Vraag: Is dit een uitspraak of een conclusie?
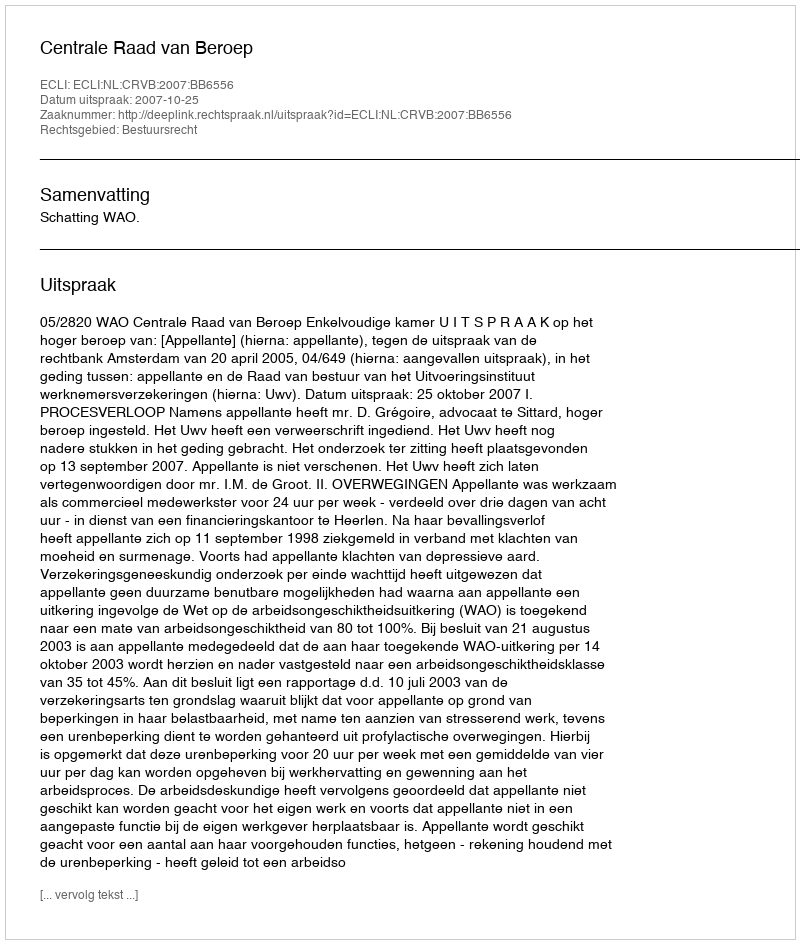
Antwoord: Uitspraak